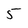
Character: 5